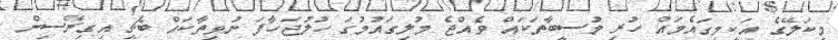
މިކަލޭގެ އަކީމިގައެމައް ހުރި މުސީބާތަކައް ވެއްޖެ މުލިގައުމުގަ ހުލުޖަހާފަ ނުވިތާކައް ބެޗީ އިގިރޭސިން